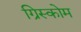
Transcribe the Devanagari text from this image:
ग्रिस्कोम